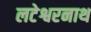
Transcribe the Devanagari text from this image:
लटेश्वरनाथ